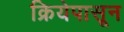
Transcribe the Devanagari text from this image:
क्रियेपासून